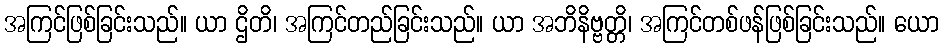
အကြင်ဖြစ်ခြင်းသည်။ ယာ ဌိတိ၊ အကြင်တည်ခြင်းသည်။ ယာ အဘိနိဗ္ဗတ္တိ၊ အကြင်တစ်ဖန်ဖြစ်ခြင်းသည်။ ယော